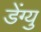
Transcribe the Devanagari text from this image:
डेंग्यु